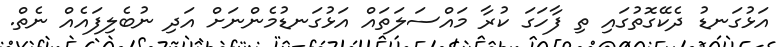
އަޅުގަނޑު ދެކޭގޮތުގައި ތި ފާހަގަ ކުރާ މައްސަލަތައް އަޅުގަނޑުމެންނަށް އަދި ނުބެލިފައެއް ނެތް.